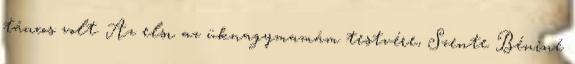
táncos volt. Az elsı az üknagymamám testvére, Szente Béniné